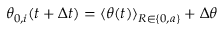
\theta _ { 0 , i } ( t + \Delta t ) = { \langle \theta ( t ) \rangle } _ { R \in \{ 0 , a \} } + \Delta \theta